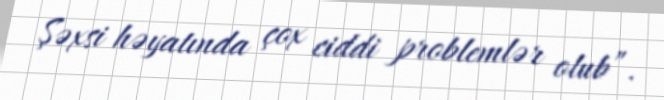
Şəxsi həyatında çox ciddi problemlər olub”.